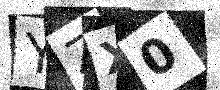
Text: YZX0